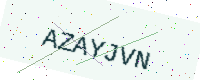
Text: AZAYJVN